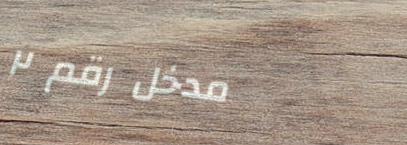
مدخل رقم ٢